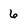
Character: 6